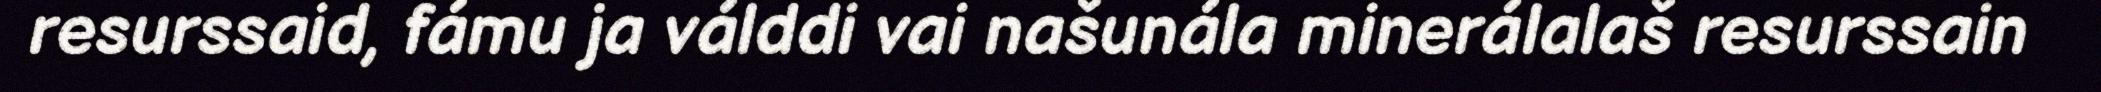
resurssaid, fámu ja válddi vai našunála minerálalaš resurssain